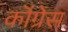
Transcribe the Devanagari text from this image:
कॊंग्रेस